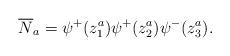
LaTeX: \begin{gather*}\overline N_{a}=\psi^{+}(z^{a}_{1})\psi^{+}(z^{a}_{2})\psi^{-}(z^{a}_{3}).\end{gather*}